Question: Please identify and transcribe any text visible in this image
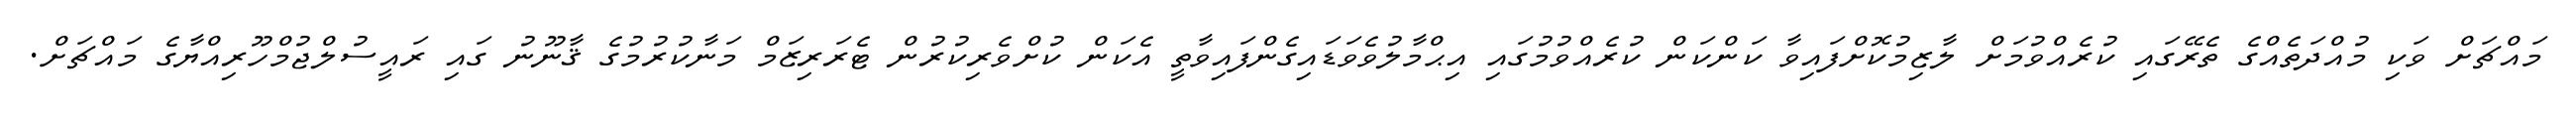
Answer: މައްޗަށް ވަކި މުއްދަތެއްގެ ތެރޭގައި ކުރެއްވުމަށް ލާޒިމުކޮށްފައިވާ ކަންކަން ކުރެއްވުމުގައި އިޙްމާލުވެވަޑައިގެންފައިވާތީ އެކަން ކުށްވެރިކުރުން ޓެރަރިޒަމް މަނާކުރުމުގެ ޤާނޫނު ގައި ރައީސުލްޖުމްހޫރިއްޔާގެ މައްޗަށް.